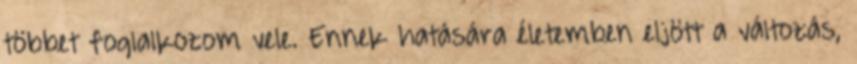
többet foglalkozom vele. Ennek hatására életemben eljött a változás,